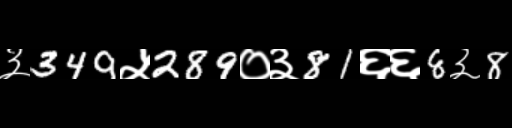
Text: ३349५289०३81६६8३8